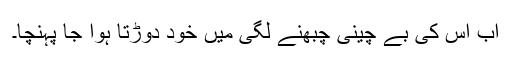
اب اس کی بے چینی چبھنے لگی میں خود دوڑتا ہوا جا پہنچا۔